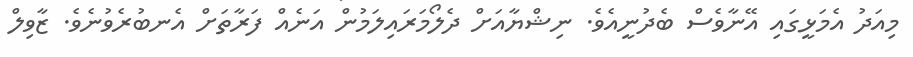
މިއަދު އެމަޅީގައި އޭނާވެސް ބެދުނީއެވެ. ނިޝްޔާއަށް ދެލޯމަރައިލަމުން އަނެއް ފަރާތަށް އެނބުރެވުނެވެ. ޒާވިލް